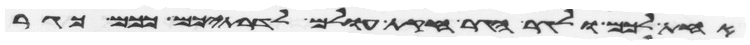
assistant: אחת לכם ולגר הגר חקת עולם לדרתיכם ככם כגר